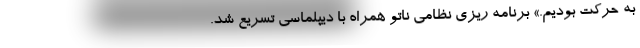
به حرکت بودیم.» برنامه ریزی نظامی ناتو همراه با دیپلماسی تسریع شد.